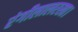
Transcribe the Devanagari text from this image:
रंगीलालरखा।